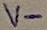
Text: V-